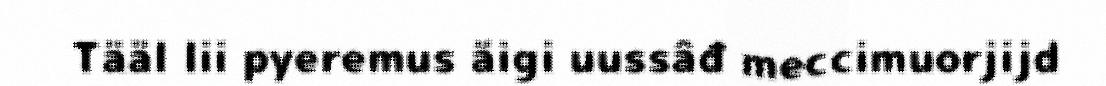
Tääl lii pyeremus äigi uussâđ meccimuorjijd